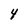
Character: 4